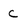
Character: c